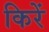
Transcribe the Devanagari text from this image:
किरें